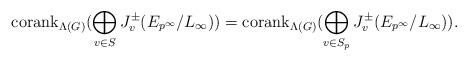
LaTeX: \begin{align*}\mathrm{corank}_{\Lambda(G)}(\displaystyle\bigoplus_{v \in S} J_v^{\pm}(E_{p^{\infty}}/L_\infty))=\mathrm{corank}_{\Lambda(G)}(\displaystyle\bigoplus_{v \in S_p} J_v^{\pm}(E_{p^{\infty}}/L_\infty)).\end{align*}